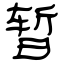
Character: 暂